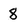
Character: 8